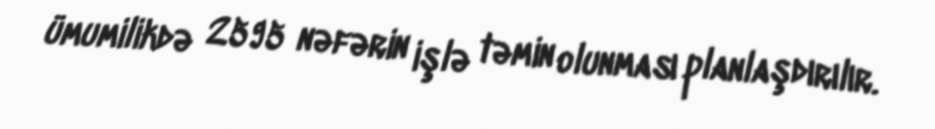
ümumilikdə 2595 nəfərin işlə təmin olunması planlaşdırılır.